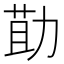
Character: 𭄳